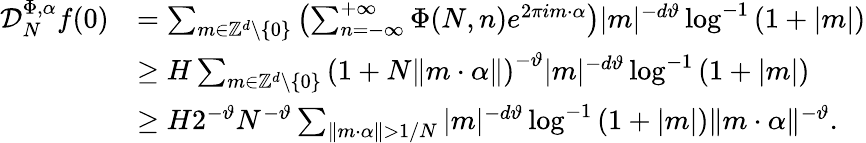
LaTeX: \begin{array}{rl}{\mathcal D_{N}^{\Phi,\alpha}f(0)}&{=\sum_{m\in\mathbb{Z}^{d}\setminus\{ 0\} }\left(\sum_{n=-\infty}^{+\infty}\Phi(N,n)e^{2\pi im\cdot\alpha}\right)|m|^{-d\vartheta}\log^{-1}\left(1+|m|\right)}\\ &{\geq H\sum_{m\in\mathbb{Z}^{d}\setminus\{ 0\} }\left(1+N\| m\cdot\alpha\| \right)^{-\vartheta}|m|^{-d\vartheta}\log^{-1}\left(1+|m|\right)}\\ &{\geq H2^{-\vartheta}N^{-\vartheta}\sum_{\| m\cdot\alpha\| >1/N}|m|^{-d\vartheta}\log^{-1}\left(1+|m|\right)\| m\cdot\alpha\| ^{-\vartheta}.}\end{array}